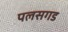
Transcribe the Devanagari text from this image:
पलसगड